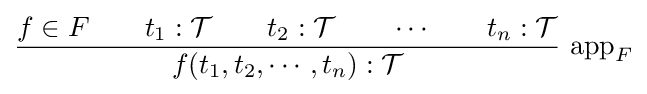
{\frac {f\in F\qquad t_{1}:{\mathcal {T}}\qquad t_{2}:{\mathcal {T}}\qquad \cdots \qquad t_{n}:{\mathcal {T}}}{f(t_{1},t_{2},\cdots ,t_{n}):{\mathcal {T}}}}{\hbox{ app}}_{F}